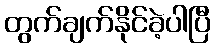
တွက်ချက်နိုင်ခဲ့ပါပြီ